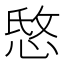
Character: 𰑭